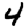
Digit: 4